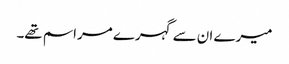
میرے ان سے گہرے مراسم تھے۔